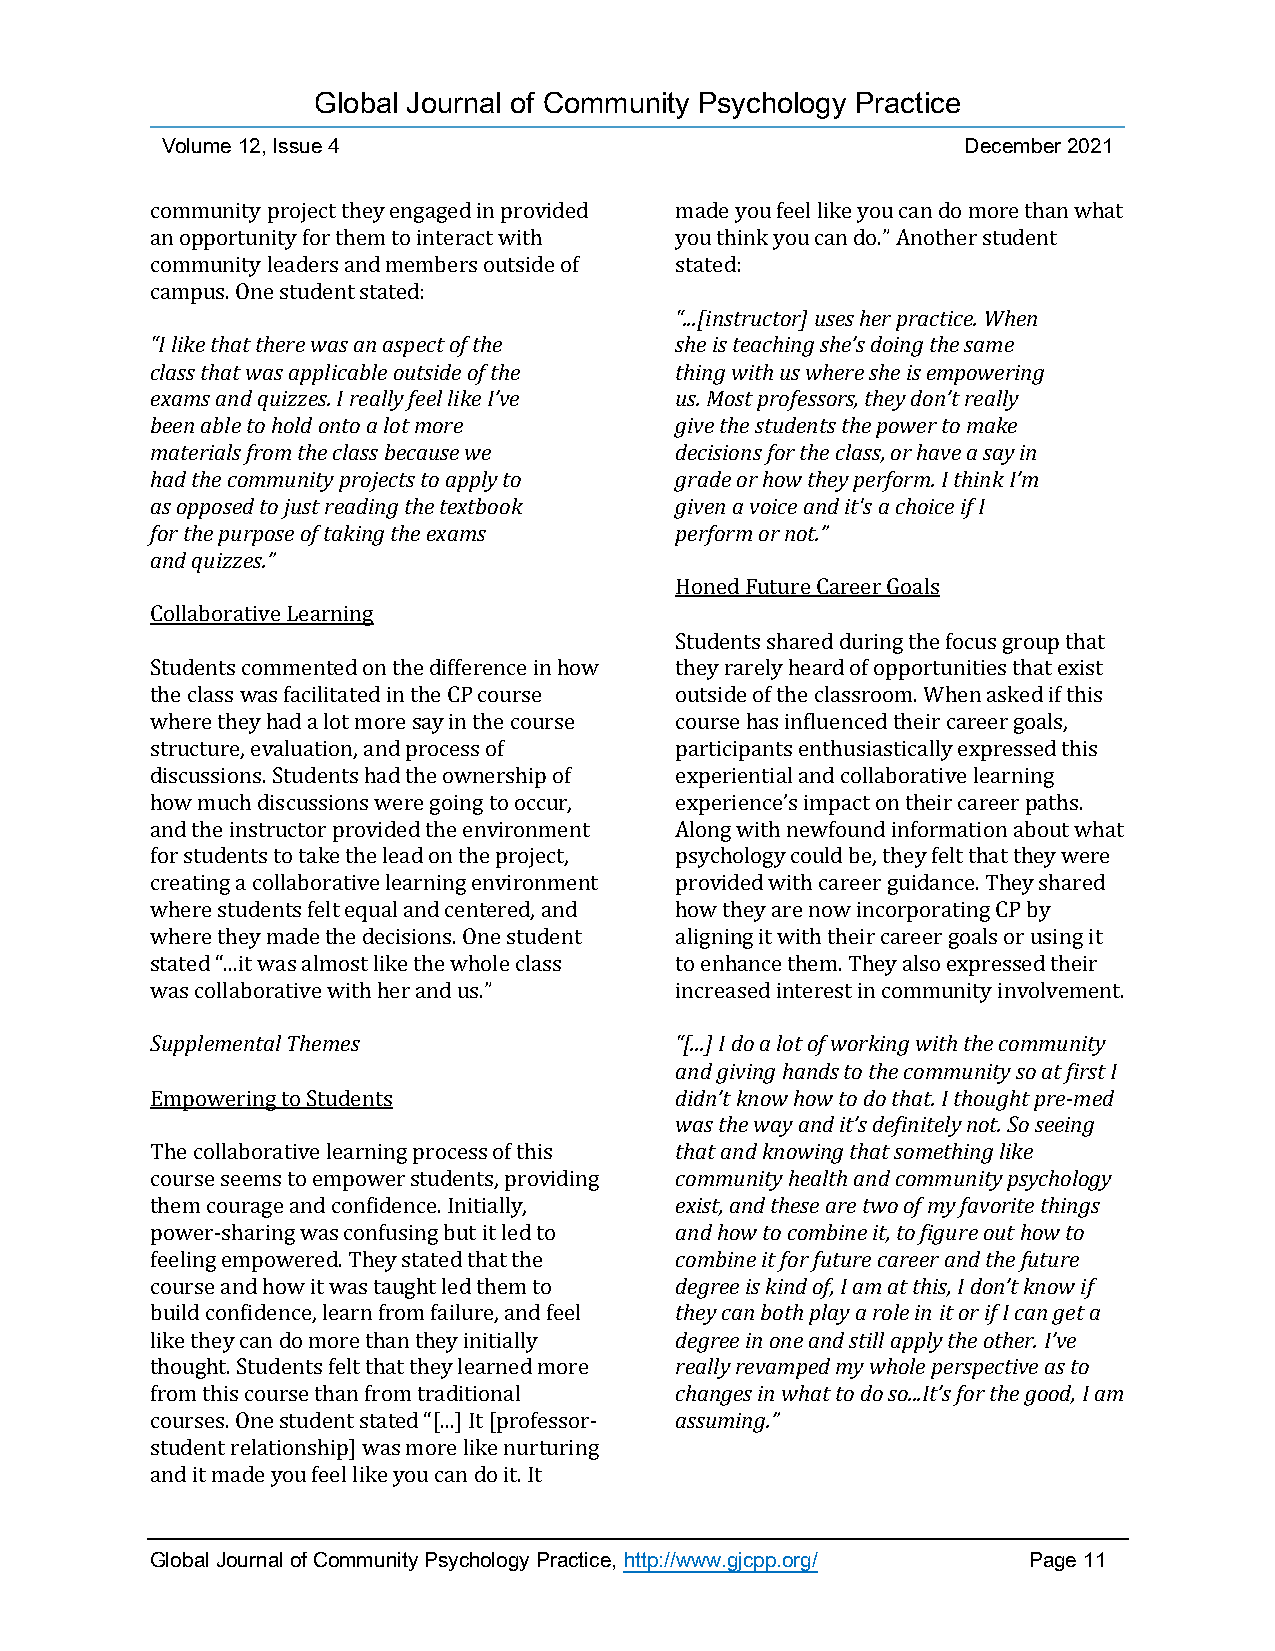
Global Journal of Community Psychology Practice
 Volume 12, Issue 4                                   December 2021
 community project they engaged in provided made you feel like you can do more than what
 an opportunity for them to interact with you think you can do.” Another student
 community leaders and members outside of stated:
 campus. One student stated:
 “...[instructor] uses her practice. When
 “I like that there was an aspect of the she is teaching she’s doing the same
 class that was applicable outside of the thing with us where she is empowering
 exams and quizzes. I really feel like I’ve us. Most professors, they don’t really
 been able to hold onto a lot more  give the students the power to make
 materials from the class because we decisions for the class, or have a say in
 had the community projects to apply to grade or how they perform. I think I’m
 as opposed to just reading the textbook given a voice and it's a choice if I
 for the purpose of taking the exams perform or not.”
 and quizzes.”
 Honed Future Career Goals
 Collaborative Learning
 Students shared during the focus group that
 Students commented on the difference in how they rarely heard of opportunities that exist
 the class was facilitated in the CP course outside of the classroom. When asked if this
 where they had a lot more say in the course course has influenced their career goals,
 structure, evaluation, and process of participants enthusiastically expressed this
 discussions. Students had the ownership of experiential and collaborative learning
 how much discussions were going to occur, experience’s impact on their career paths.
 and the instructor provided the environment Along with newfound information about what
 for students to take the lead on the project, psychology could be, they felt that they were
 creating a collaborative learning environment provided with career guidance. They shared
 where students felt equal and centered, and how they are now incorporating CP by
 where they made the decisions. One student aligning it with their career goals or using it
 stated “...it was almost like the whole class to enhance them. They also expressed their
 was collaborative with her and us.” increased interest in community involvement.
 Supplemental Themes                “[...] I do a lot of working with the community
 and giving hands to the community so at first I
 Empowering to Students             didn’t know how to do that. I thought pre-med
 was the way and it’s definitely not. So seeing
 The collaborative learning process of this that and knowing that something like
 course seems to empower students, providing community health and community psychology
 them courage and confidence. Initially, exist, and these are two of my favorite things
 power-sharing was confusing but it led to and how to combine it, to figure out how to
 feeling empowered. They stated that the combine it for future career and the future
 course and how it was taught led them to degree is kind of, I am at this, I don’t know if
 build confidence, learn from failure, and feel they can both play a role in it or if I can get a
 like they can do more than they initially degree in one and still apply the other. I’ve
 thought. Students felt that they learned more really revamped my whole perspective as to
 from this course than from traditional changes in what to do so...It’s for the good, I am
 courses. One student stated “[...] It [professor- assuming.”
 student relationship] was more like nurturing
 and it made you feel like you can do it. It
 Global Journal of Community Psychology Practice, http://www.gjcpp.org/ Page 11